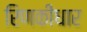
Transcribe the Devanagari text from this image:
रिणकीधार